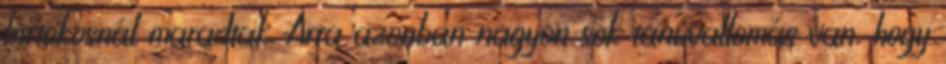
birtokosnál maradtak. Arra azonban nagyon sok tanúvallomás van, hogy